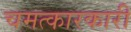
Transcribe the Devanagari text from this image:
चमत्कारकारी